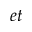
e t